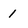
Character: 1